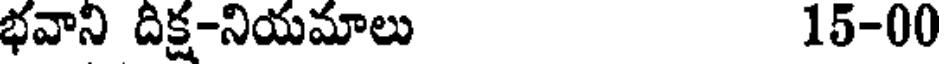
భవాని దిక్ష-నియమాలు 15-00